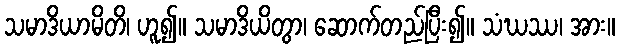
သမာဒိယာမိတိ၊ ဟူ၍။ သမာဒိယိတွာ၊ ဆောက်တည်ပြီး၍။ သံဃဿ၊ အား။